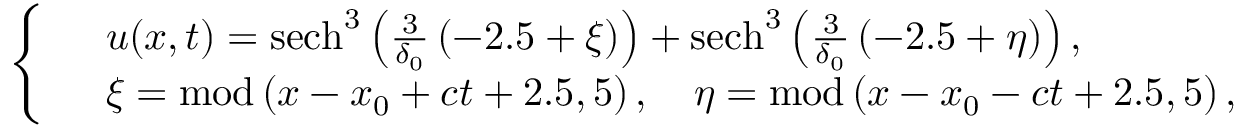
\left\{ \begin{array} { r l } & { u ( x , t ) = \mathrm { s e c h } ^ { 3 } \left( \frac { 3 } { \delta _ { 0 } } \left( - 2 . 5 + \xi \right) \right) + \mathrm { s e c h } ^ { 3 } \left( \frac { 3 } { \delta _ { 0 } } \left( - 2 . 5 + \eta \right) \right) , } \\ & { \xi = \mathrm { m o d } \left( x - x _ { 0 } + c t + 2 . 5 , 5 \right) , \quad \eta = \mathrm { m o d } \left( x - x _ { 0 } - c t + 2 . 5 , 5 \right) , } \end{array} \right.